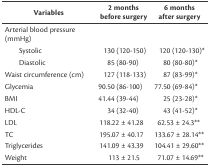
<table><thead><tr><td><b>Variables</b></td><td><b>2 months before surgery</b></td><td><b>6 months after surgery</b></td></tr></thead><tbody><tr><td>Arterial blood pressure (mmHg)</td><td></td><td></td></tr><tr><td>Systolic</td><td>130 (120-150)</td><td>120 (120-130)<sup>*</sup></td></tr><tr><td>Diastolic</td><td>85 (80-90)</td><td>80 (80-80)<sup>*</sup></td></tr><tr><td>Waist circumference (cm)</td><td>127 (118-133)</td><td>87 (83-99)<sup>*</sup></td></tr><tr><td>Glycemia</td><td>90.50 (86-100)</td><td>77.50 (69-84)<sup>*</sup></td></tr><tr><td>BMI</td><td>41.44 (39-44)</td><td>25 (23-28)<sup>*</sup></td></tr><tr><td>HDL-C</td><td>34 (32-40)</td><td>43 (41-52)<sup>*</sup></td></tr><tr><td>LDL</td><td>118.22 ± 41.28</td><td>62.53 ± 24.3<sup>**</sup></td></tr><tr><td>TC</td><td>195.07 ± 40.17</td><td>133.67 ± 28.14<sup>**</sup></td></tr><tr><td>Triglycerides</td><td>141.09 ± 43.39</td><td>104.41 ± 29.60<sup>**</sup></td></tr><tr><td>Weight</td><td>113 ± 21.5</td><td>71.07 ± 14.69<sup>**</sup></td></tr></tbody></table>